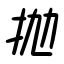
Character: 抛